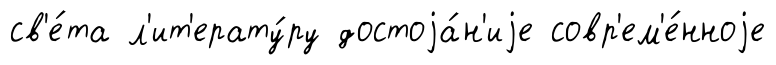
св'е́та л'ит'ерату́ру достоjа́н'иjе совр'ем'е́нноjе